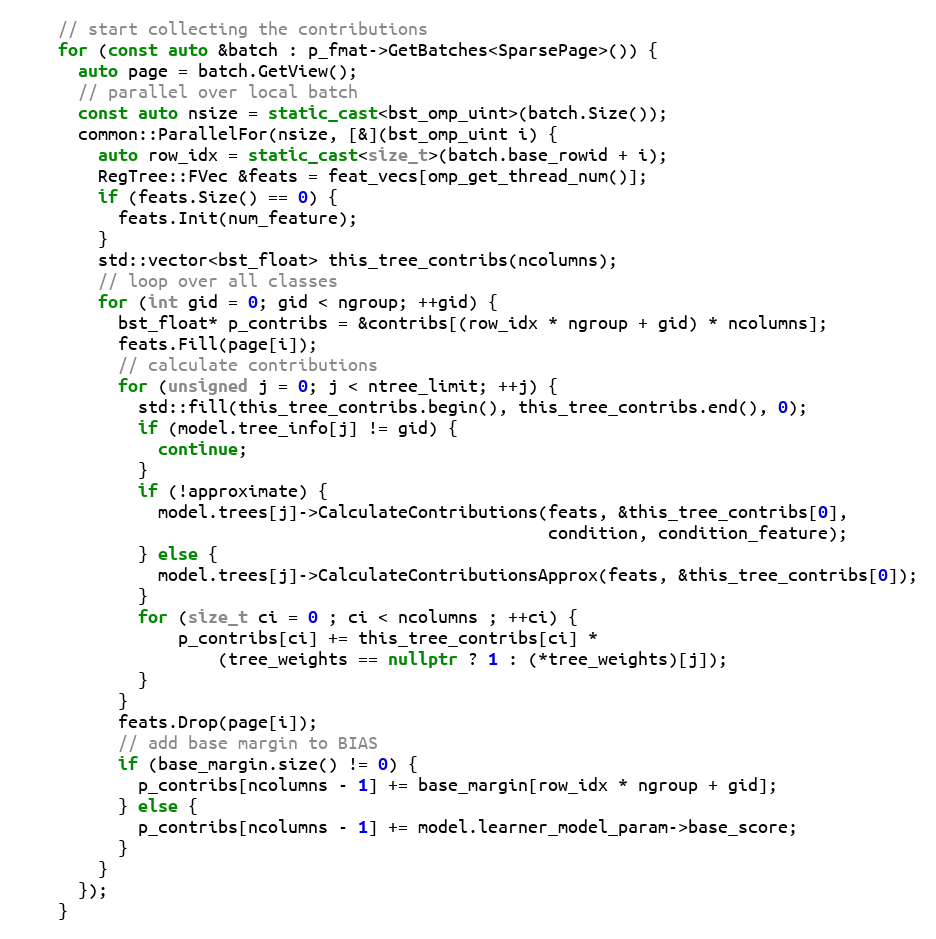
Language: C++
    // start collecting the contributions
    for (const auto &batch : p_fmat->GetBatches<SparsePage>()) {
      auto page = batch.GetView();
      // parallel over local batch
      const auto nsize = static_cast<bst_omp_uint>(batch.Size());
      common::ParallelFor(nsize, [&](bst_omp_uint i) {
        auto row_idx = static_cast<size_t>(batch.base_rowid + i);
        RegTree::FVec &feats = feat_vecs[omp_get_thread_num()];
        if (feats.Size() == 0) {
          feats.Init(num_feature);
        }
        std::vector<bst_float> this_tree_contribs(ncolumns);
        // loop over all classes
        for (int gid = 0; gid < ngroup; ++gid) {
          bst_float* p_contribs = &contribs[(row_idx * ngroup + gid) * ncolumns];
          feats.Fill(page[i]);
          // calculate contributions
          for (unsigned j = 0; j < ntree_limit; ++j) {
            std::fill(this_tree_contribs.begin(), this_tree_contribs.end(), 0);
            if (model.tree_info[j] != gid) {
              continue;
            }
            if (!approximate) {
              model.trees[j]->CalculateContributions(feats, &this_tree_contribs[0],
                                                     condition, condition_feature);
            } else {
              model.trees[j]->CalculateContributionsApprox(feats, &this_tree_contribs[0]);
            }
            for (size_t ci = 0 ; ci < ncolumns ; ++ci) {
                p_contribs[ci] += this_tree_contribs[ci] *
                    (tree_weights == nullptr ? 1 : (*tree_weights)[j]);
            }
          }
          feats.Drop(page[i]);
          // add base margin to BIAS
          if (base_margin.size() != 0) {
            p_contribs[ncolumns - 1] += base_margin[row_idx * ngroup + gid];
          } else {
            p_contribs[ncolumns - 1] += model.learner_model_param->base_score;
          }
        }
      });
    }